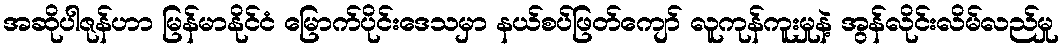
အဆိုပါဇုန်ဟာ မြန်မာနိုင်ငံ မြောက်ပိုင်းဒေသမှာ နယ်စပ်ဖြတ်ကျော် လူကုန်ကူးမှုနဲ့ အွန်လိုင်းလိမ်လည်မှု